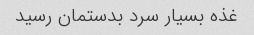
غذه بسیار سرد بدستمان رسید